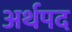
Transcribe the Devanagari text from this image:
अर्थपद